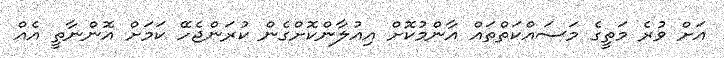
އަށް ވުރެ މަތީގެ މަސައްކަތްތައް އާންމުކޮށް އިއުލާންކޮށްގެން ކުރަންޖެހޭ ކަމަށް އޮންނާތީ އެއް